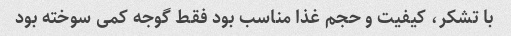
با تشکر، کیفیت و حجم غذا مناسب بود فقط گوجه کمی سوخته بود